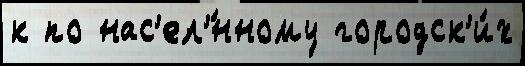
к по нас'ел'́нному городск'и́х